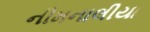
નીમનાલીયા